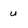
Character: u